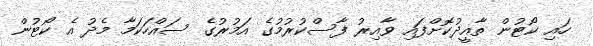
ހައި ކޯޓުން ތާއީދުކޮށްފައި ވާއިރު ފާސްކުރުމުގެ އަމުރުގެ ސައްހަކަމާ މެދު އެ ކޯޓުން